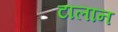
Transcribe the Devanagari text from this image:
टालान